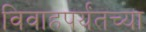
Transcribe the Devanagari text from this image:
विवाहपर्यंतच्या